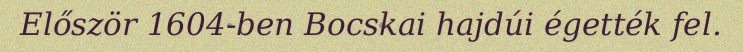
Először 1604-ben Bocskai hajdúi égették fel.